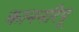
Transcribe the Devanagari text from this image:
काननरिपू